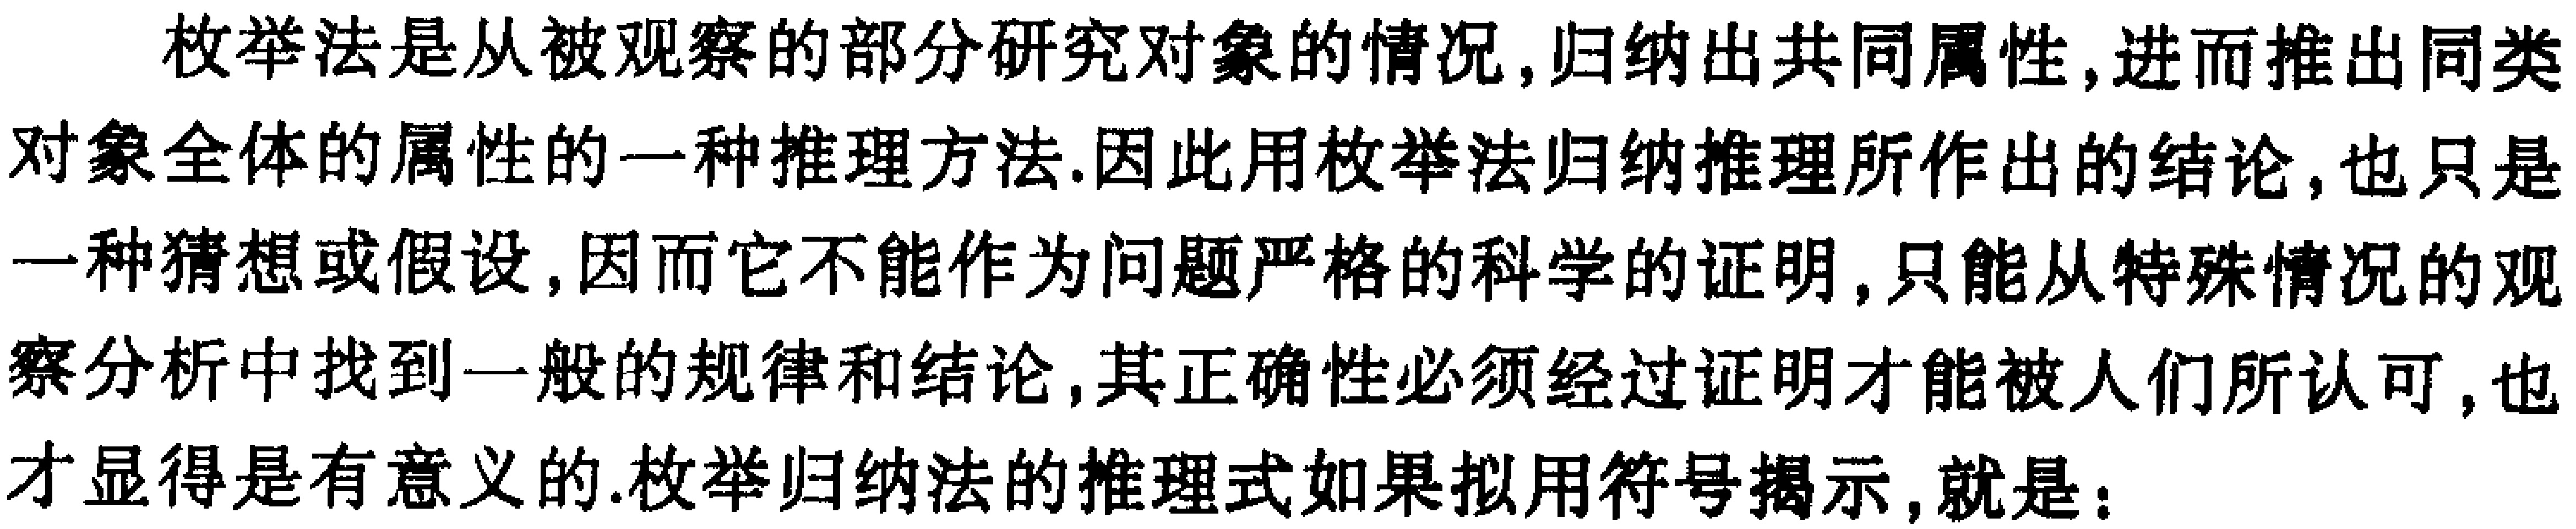
枚举法是从被观察的部分研究对象的情况,归纳出共同属性,进而推出同类对象全体的属性的一种推理方法.因此用枚举法归纳推理所作出的结论,也只是一种猜想或假设,因而它不能作为问题严格的科学的证明,只能从特殊情况的观察分析中找到一般的规律和结论,其正确性必须经过证明才能被人们所认可,也才显得是有意义的.枚举归纳法的推理式如果拟用符号揭示,就是：